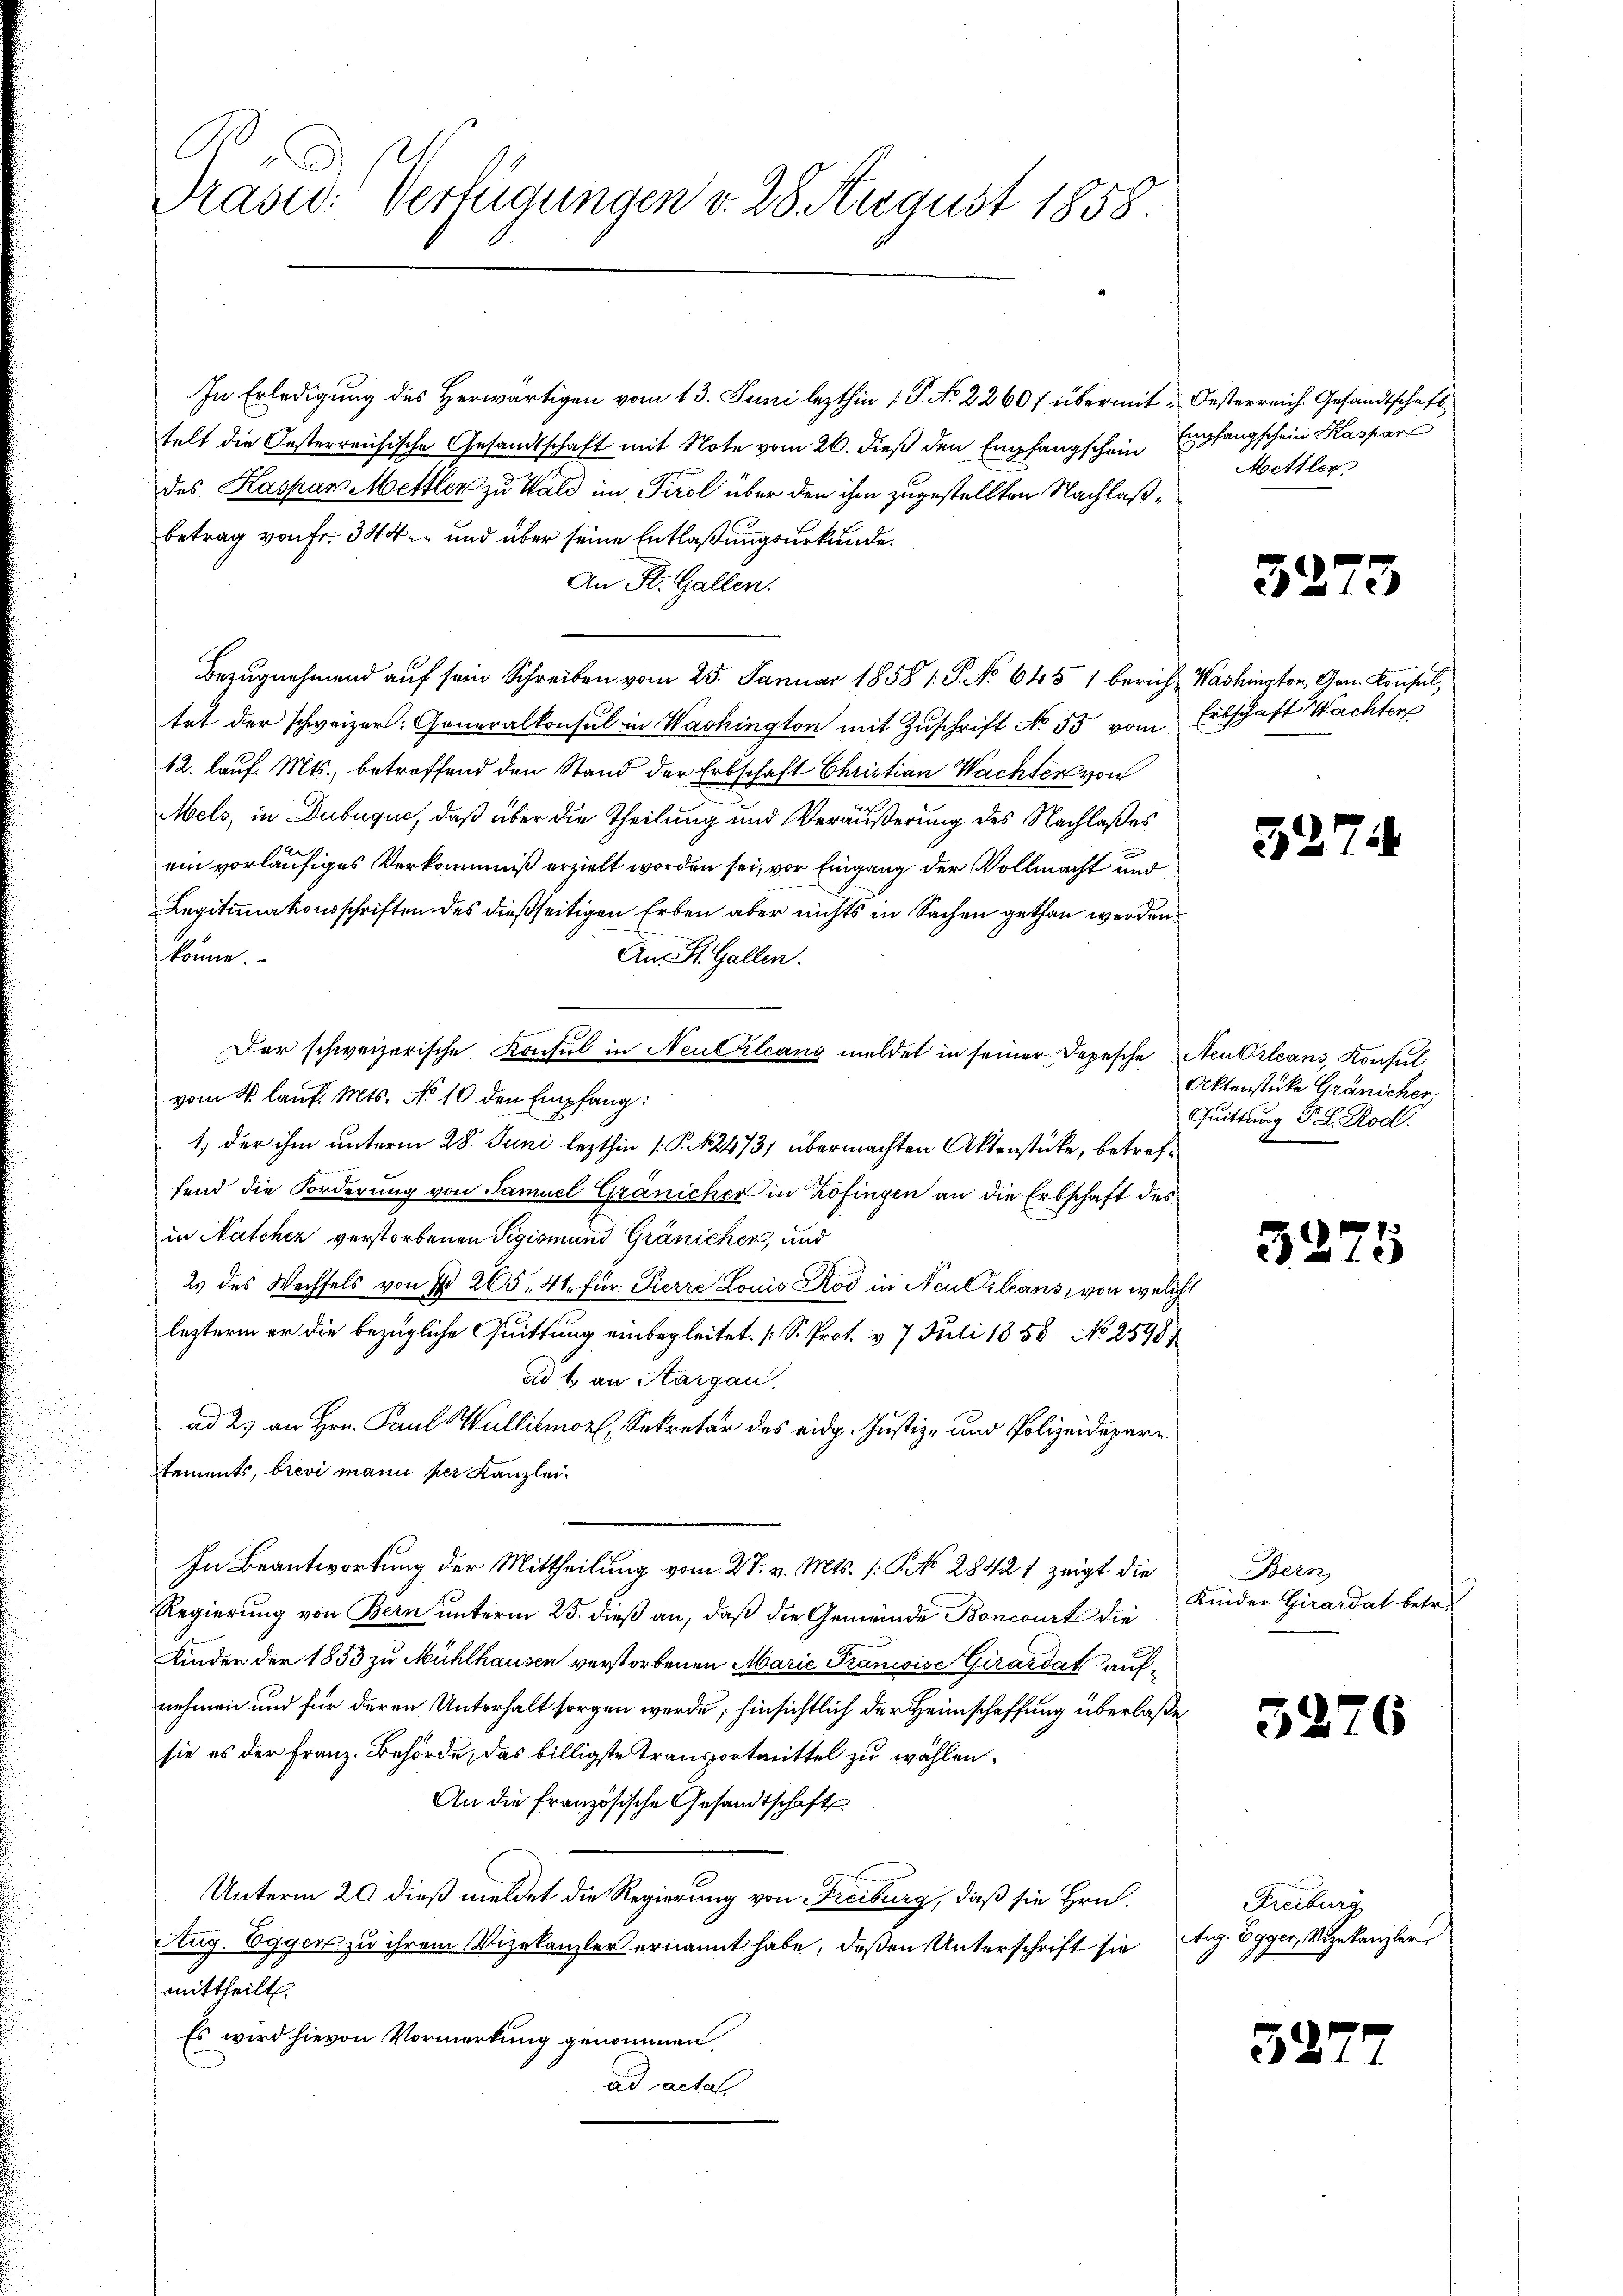
B
Präsid. Verfügungen v. 28. August 1858.

In Erledigung des Herwärtigen vom 13. Juni lezthin 1 P. No 22607 übermit Oesterreich. Gesandtschaft
telt die Oesterreichische Gesandtschaft mit Note vom 26. dieß den Empfangschein Empfangschein Kaspar
des Kaspar Mettler zu Wald im Tirol über den ihm zugestellten Nachlaßbetrag von Fr. 344 und über seine Entlaßungsurkunde.
An St. Gallen.
Bezugnahmend auf sein Schreiben vom 25. Januar 1858 1. P. No 645 1 berich Washington, Gen. Konsul,
tet der schweizer: Generalkonsul in Washington mit Zuschrift No. 55 vom Erbschaft Wachter
12. lauf. Mts., betreffend den Stand der Erbschaft Christian Wachter von
Mels, in Dubuque, daß über die Theilung und Veräußerung des Nachlaßes
ein vorläufiges Verkommniß erzielt worden sei, vor Eingang der Vollmacht und
Legitimationsschriften des dießseitigen Erben aber nichts in Sachen gethan werden
könne.
An St. Gallen.
Der schweizerische Konsul in Neukleans mildet in seiner Depesche Neu Orleans, Konsul
vom 4. Lauf. Mts. No 10 den Empfang:
1) der ihm unterm 28. Juni lezthin 1 S. 424731 übermachten Aktenstücke, betreffend die Forderung von Samuel Gränicher in Zofingen an die Erbschaft des
in Natcher verstorbenen Sigismund Gränicher, und
2 des Wechsels von § 265. 41. für Pierre Louis Rod in Neukleans, von welch
lezterm er die bezügliche Quittung einbegleitet. [S. Prot. v. 7 Juli 1856. No 2598/
ad 1., an Hargau.
ad 2. an Hrn. Paul Wullitmor, Sekretär des eidg. Justiz- und Polizeidepartements, brevi mann per Kanzlei.
In Beantwortung der Mittheilung vom 27. v. Mts. s. § 28421 zeigt die
Regierung von Bern unterm 25. dieß an, daß die Gemeinde Boncourt die
Kinder der 1853 zu Mühlhausen verstorbenen Marie Francoise Girardat aufnehmen und für deren Unterhalt sorgen werde; hinsichtlich der Heimschaffung überlaße
sie es der Franz-Behörde, das billigste Transportmittel zu wählen.
An die französische Gesandtschaft
Unterm 20. dieß meldet die Regierung von Freiburg, daß sie Hrn.
Aug. Egger zu ihrem Vizekanzler ernannt habe, deßen Unterschrift sie
mittheilt.
Es wird hievon Vormerkung genommen,
ad actat

Mettler

3273

32

Aktenstücke Gränicher,
Quittung P. F. Rod.

5275

Bern,
Kinder Girardat betr.

52

52

2

6

Freiburg
tig. Egger, Angekanzler